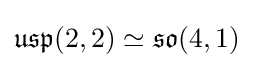
{\mathfrak {usp}}(2,2)\simeq {\mathfrak {so}}(4,1)